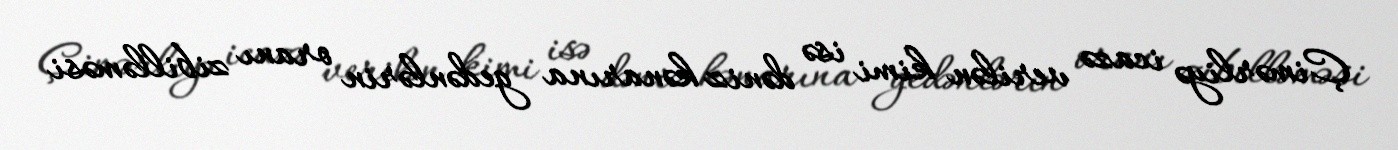
Çimərliyə icazə verilən kimi isə dəniz kənarına gedənlərin oranı zibilləməsi